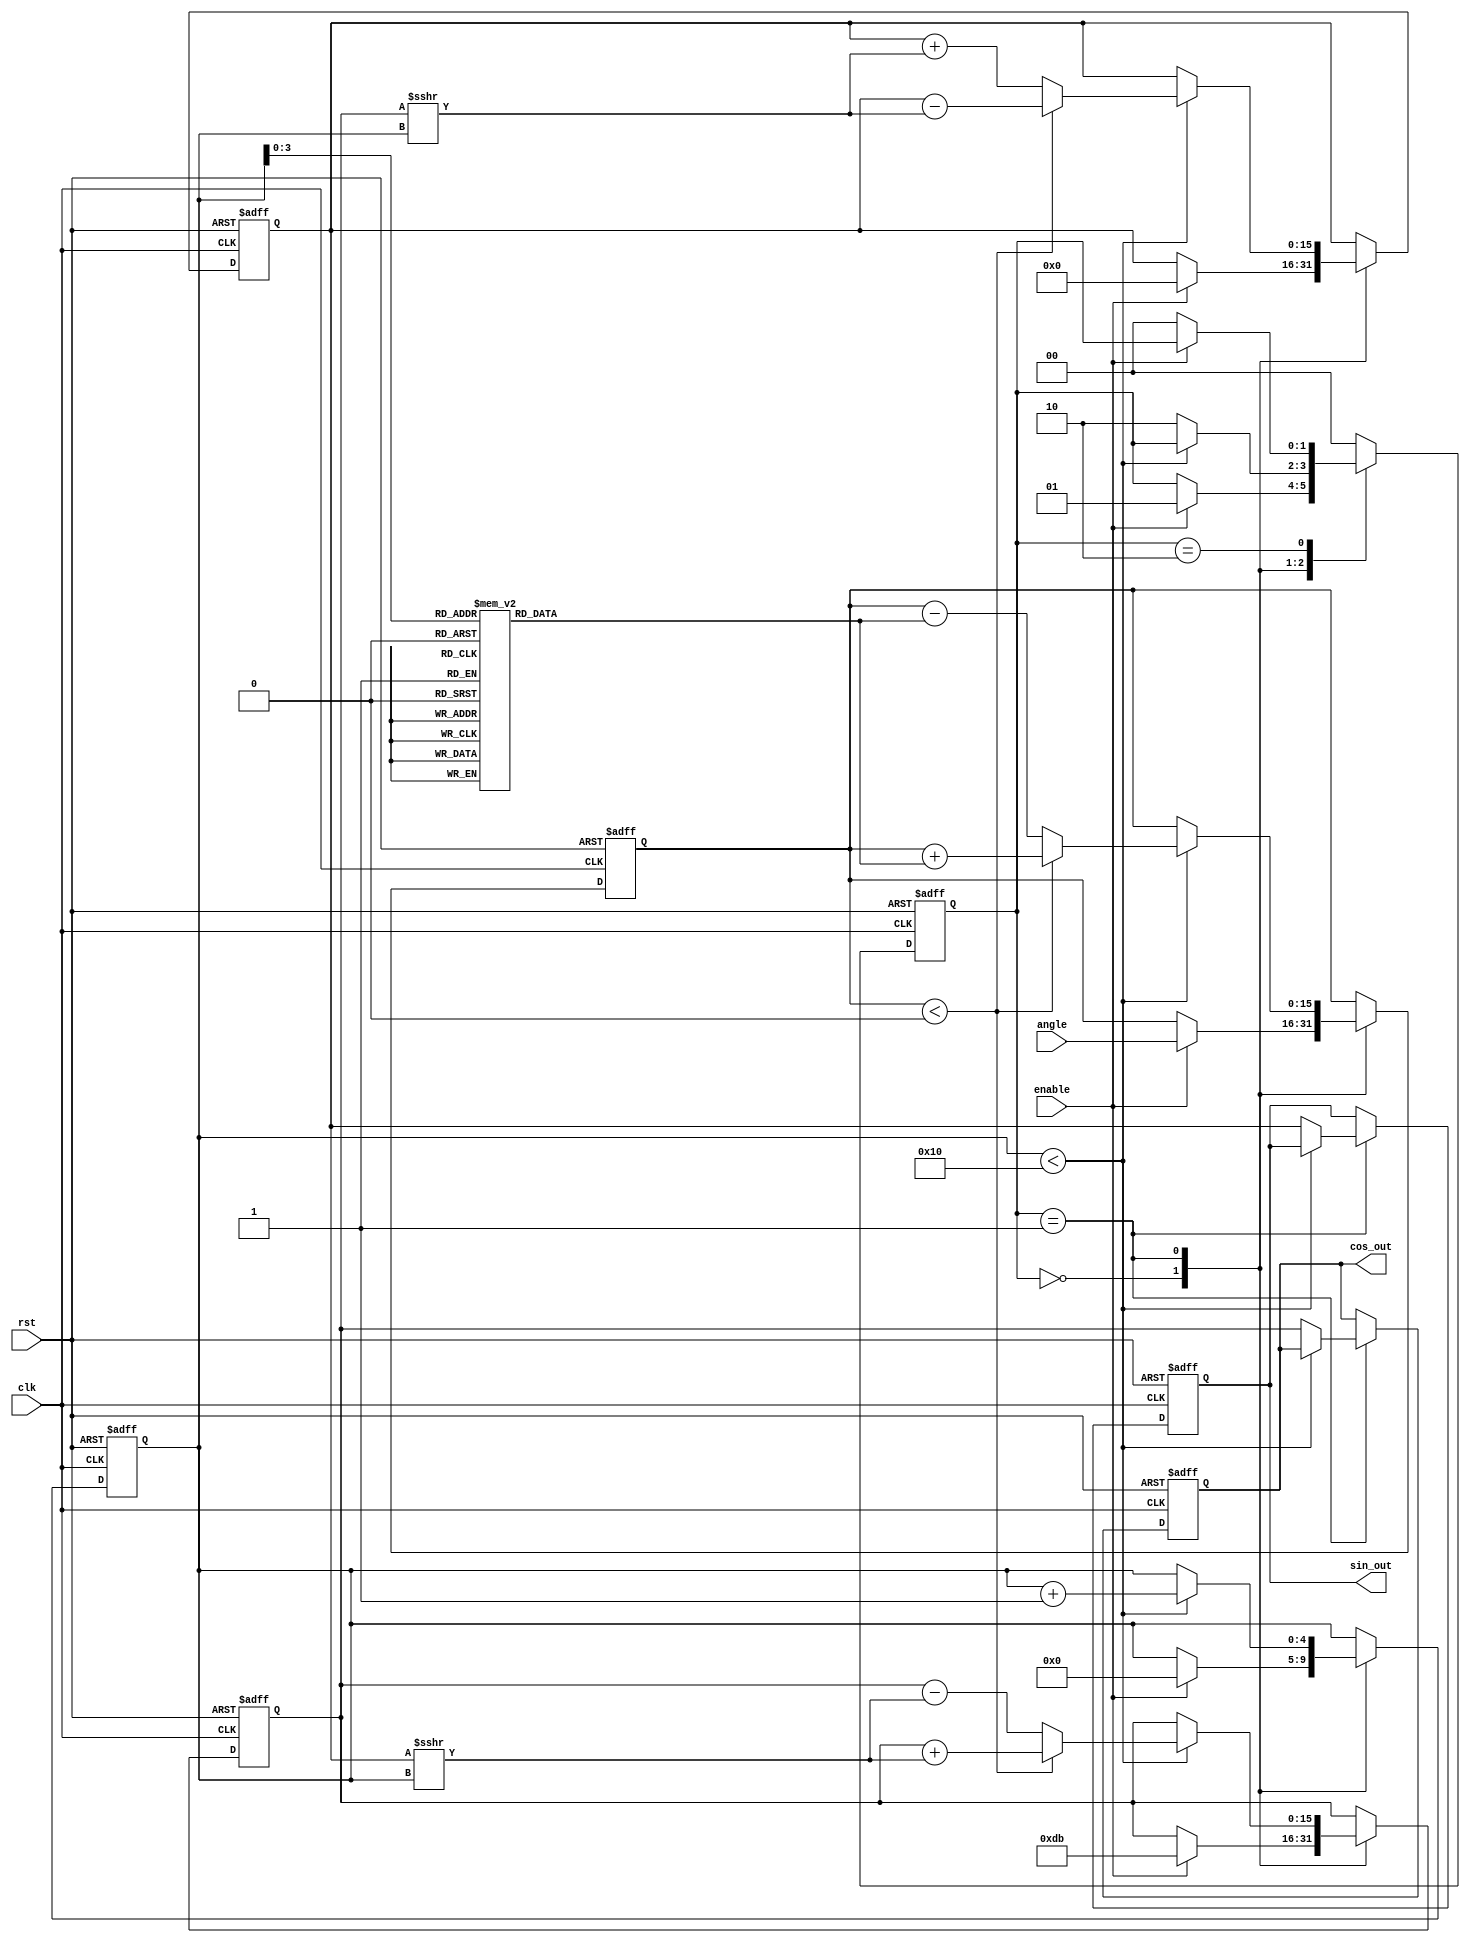
module CORDIC #(parameter WIDTH = 16, // Fixed-point width
                 parameter ITERATIONS = 16 // Number of iterations
               ) (
    input wire clk,
    input wire rst,
    input wire enable,
    input wire signed [WIDTH-1:0] angle, // Input angle in fixed-point
    output reg signed [WIDTH-1:0] sin_out, // Sine output
    output reg signed [WIDTH-1:0] cos_out // Cosine output
);

    // CORDIC gain factor for normalization
    localparam signed [WIDTH-1:0] K_CONST = 
        16'hDB ; // Constant value can be adjusted based on iterations

    // CORDIC angle lookup table
    reg signed [WIDTH-1:0] angles [0:ITERATIONS-1];
    reg signed [WIDTH-1:0] x, y, z; // x and y for coordinates, z for angle
    reg [4:0] i; // Iteration counter
    reg [1:0] state; // State definition

    initial begin
        // Initialize angle lookup table
        angles[0] = 16'h1C71; // atan(2^-0)
        angles[1] = 16'h1B4D; // atan(2^-1)
        angles[2] = 16'h1A3D; // atan(2^-2)
        angles[3] = 16'h193A; // atan(2^-3)
        // More angles can be filled for additional iterations
        // ...
    end

    // State definitions
    localparam IDLE = 2'b00;
    localparam RUN = 2'b01;
    localparam DONE = 2'b10;

    always @(posedge clk or posedge rst) begin
        if (rst) begin
            state <= IDLE;
            sin_out <= 0;
            cos_out <= K_CONST; // Initialize cos_out to K_CONST (K value)
            i <= 0;
            x <= K_CONST; // Initial x = K
            y <= 0; // Initial y = 0
            z <= 0; // Initial angle z = 0
        end else begin
            case (state)
                IDLE: begin
                    if (enable) begin
                        z <= angle; // Load input angle
                        x <= K_CONST; // Set initial x (cos)
                        y <= 0; // Set initial y (sin)
                        i <= 0; // Start iteration
                        state <= RUN;
                    end
                end

                RUN: begin
                    if (i < ITERATIONS) begin
                        // CORDIC rotation equations
                        if (z < 0) begin
                            // Rotate clockwise
                            x <= x + (y >>> i); // x = x + (y * 2^-i)
                            y <= y - (x >>> i); // y = y - (x * 2^-i)
                            z <= z + angles[i]; // Update angle
                        end else begin
                            // Rotate counter-clockwise
                            x <= x - (y >>> i); // x = x - (y * 2^-i)
                            y <= y + (x >>> i); // y = y + (x * 2^-i)
                            z <= z - angles[i]; // Update angle
                        end
                        i <= i + 1; // Increment iteration counter
                    end else begin
                        // Finished iterations
                        sin_out <= y; // Output sine
                        cos_out <= x; // Output cosine
                        state <= DONE;
                    end
                end

                DONE: begin
                    if (!enable) begin
                        state <= IDLE; // Go back to idle when not enabled
                    end
                end

                default: state <= IDLE; // Default case
            endcase
        end
    end
endmodule